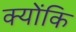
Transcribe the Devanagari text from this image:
क्योंकि